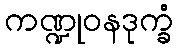
ကဏ္ဍုဝနဒုက္ခံ